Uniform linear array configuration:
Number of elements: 12
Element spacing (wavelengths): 1
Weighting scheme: uniform
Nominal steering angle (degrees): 60
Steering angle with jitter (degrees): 60.018
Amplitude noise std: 0.05
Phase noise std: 0.05

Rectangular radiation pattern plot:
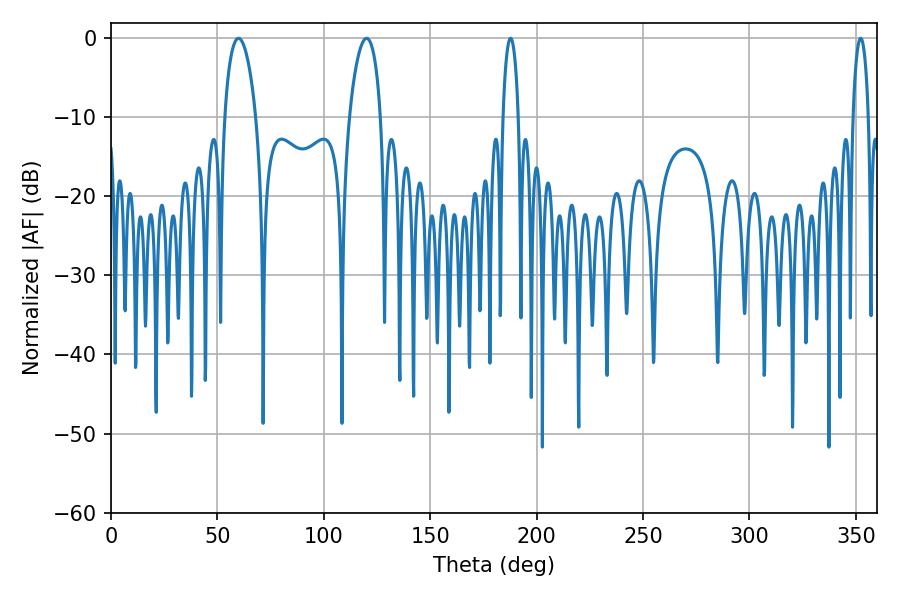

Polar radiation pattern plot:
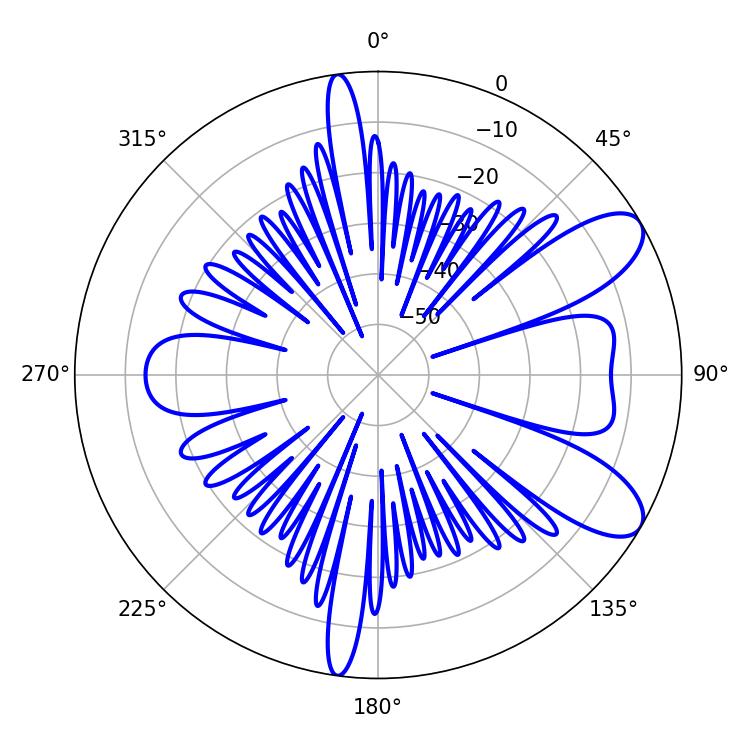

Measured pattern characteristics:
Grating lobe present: TRUE
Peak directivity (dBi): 8.907
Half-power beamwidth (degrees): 3.96
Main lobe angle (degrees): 187.74